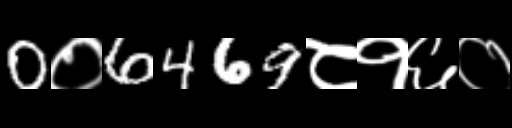
Text: 0०6469८१६०